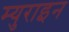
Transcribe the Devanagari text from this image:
म्युराइन